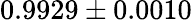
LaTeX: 0.9929\pm 0.0010